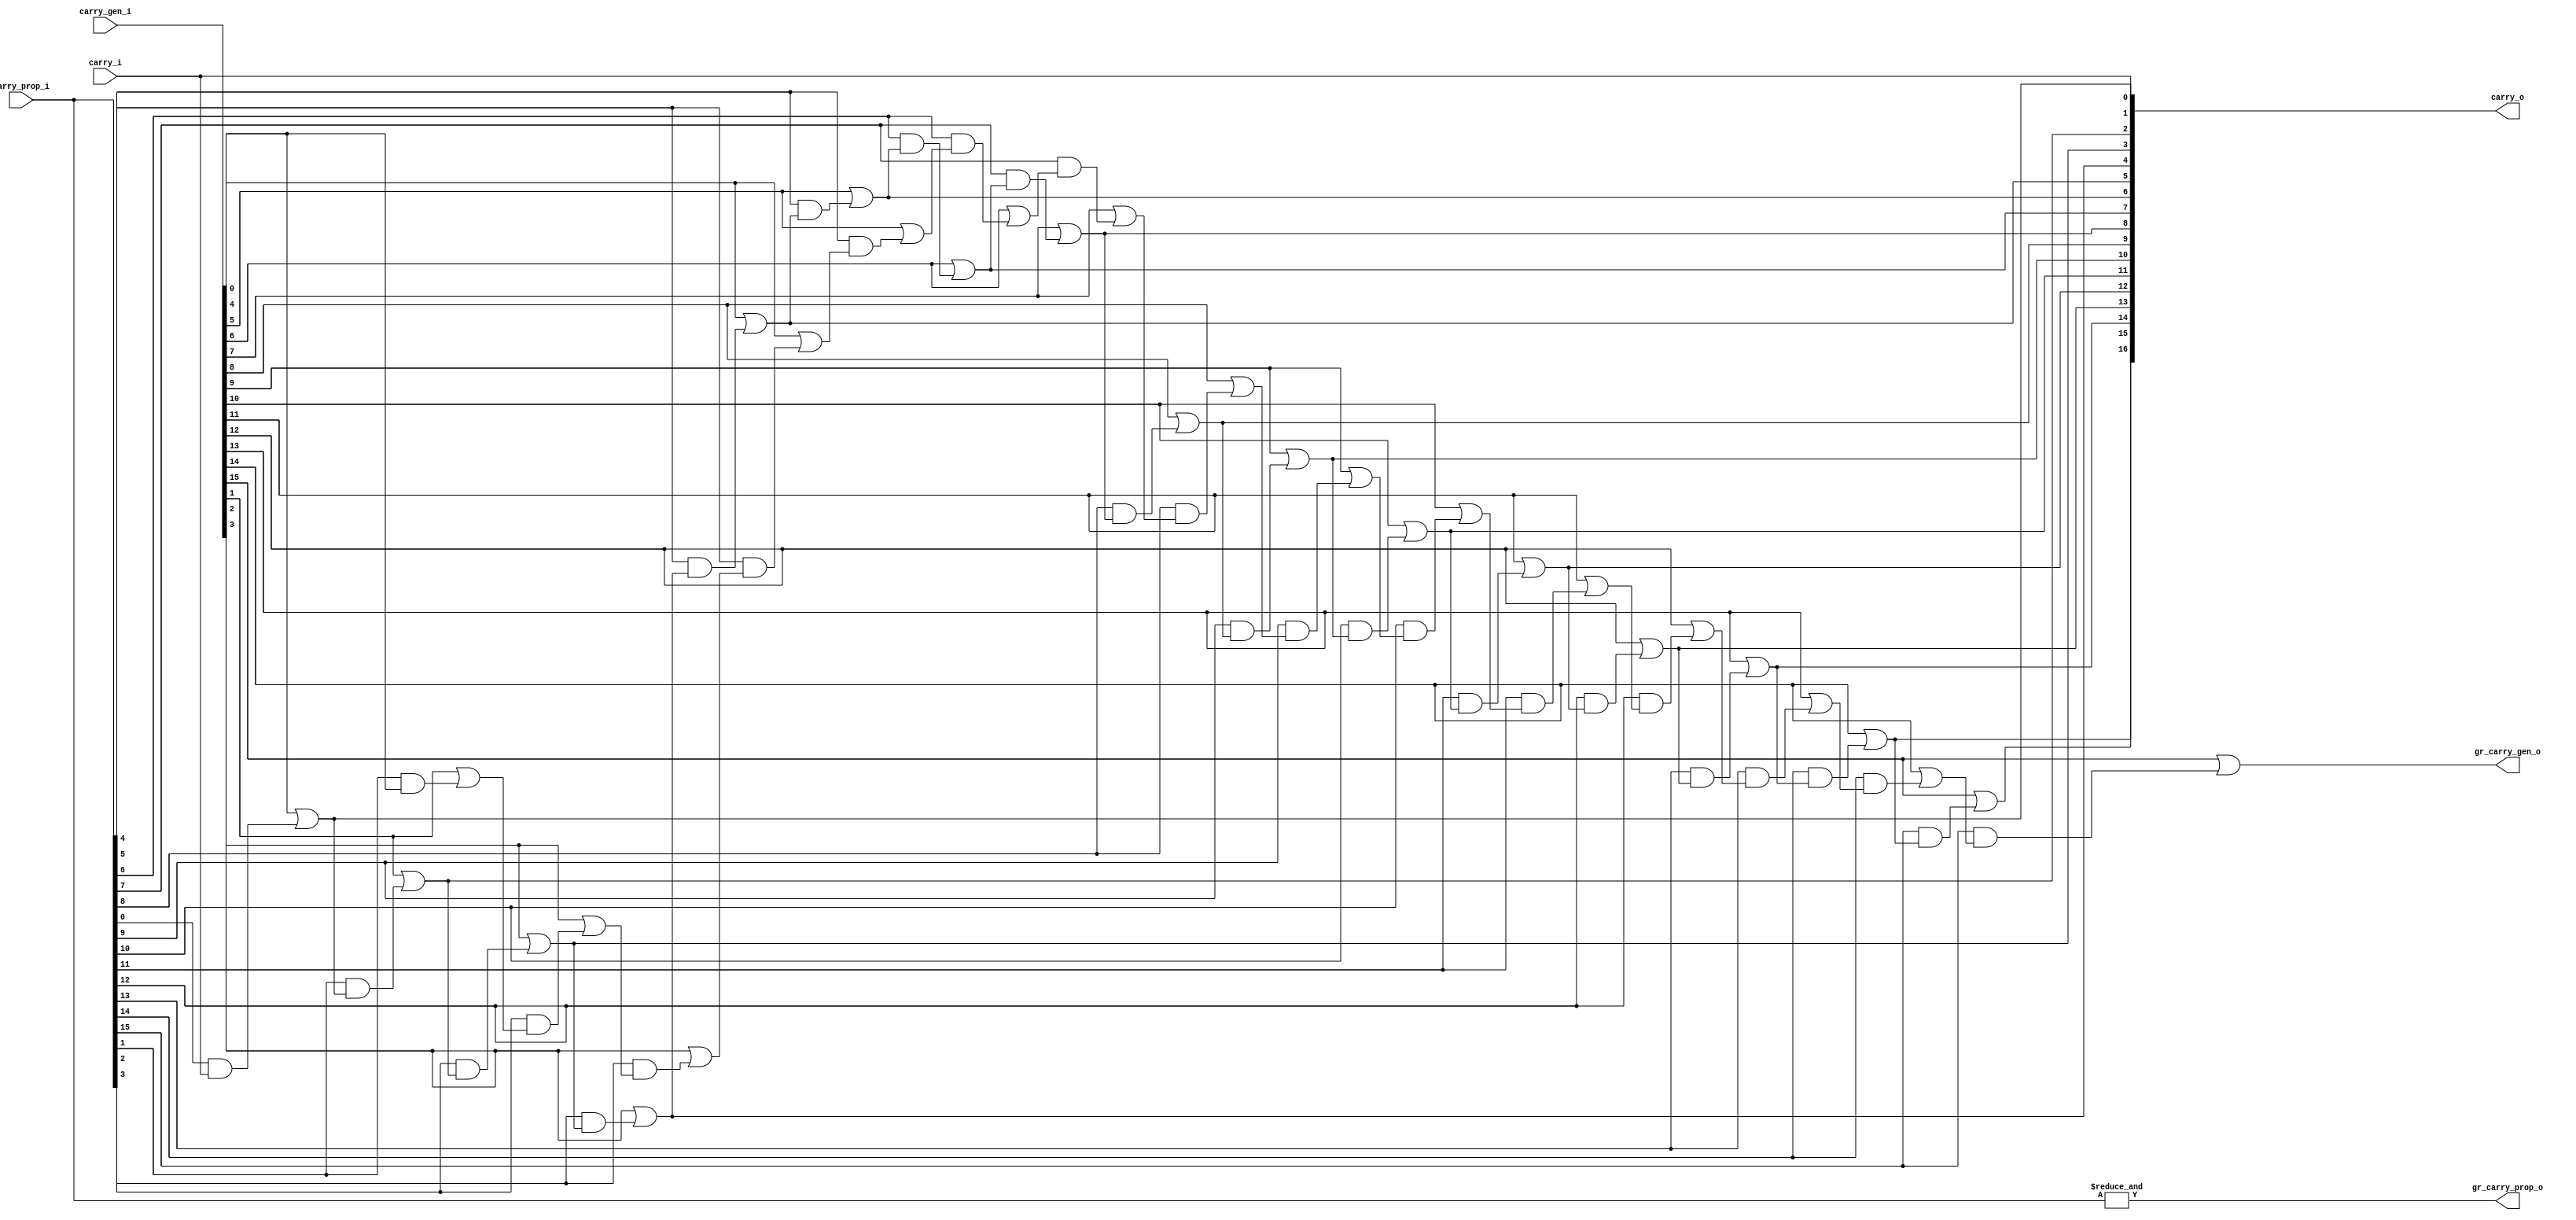
module cla_logic #(
  parameter CARRY_OUT_SIZE = 16
)(
  input  wire                      carry_i,
  input  wire [CARRY_OUT_SIZE-1:0] carry_gen_i,
  input  wire [CARRY_OUT_SIZE-1:0] carry_prop_i,

  output wire                      gr_carry_gen_o,
  output wire                      gr_carry_prop_o,
  output wire [CARRY_OUT_SIZE:0]   carry_o 
);

  reg   [CARRY_OUT_SIZE-1:0]temp_carry_gen;
  genvar i;



  generate 
    for(i=0;i<=CARRY_OUT_SIZE;i=i+1) begin : CARRY_OUT_GEN
      if(i==0)
        assign carry_o[i]       = carry_i ;
      else
        assign carry_o[i]       = (carry_gen_i[i-1] | (carry_prop_i[i-1] & carry_o[i-1]));
    end
    for(i=0;i<CARRY_OUT_SIZE;i=i+1) begin : CARRY_GENERATE_GEN
      if (i==0)
        assign temp_carry_gen[i]  = carry_gen_i[i]; 
      else
        assign temp_carry_gen[i]  = (carry_gen_i[i] | (carry_prop_i[i] & (temp_carry_gen[i-1])));
    end
  endgenerate

  assign gr_carry_prop_o = (&carry_prop_i);
  assign gr_carry_gen_o  = temp_carry_gen[CARRY_OUT_SIZE-1];


endmodule